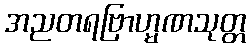
အညတရဗြာဟ္မဏသုတ္တ